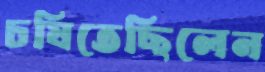
চষিতেছিলেন